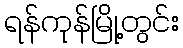
ရန်ကုန်မြို့တွင်း